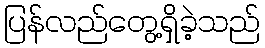
ပြန်လည်တွေ့ရှိခဲ့သည်